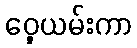
ဝှေ့ယမ်းကာ